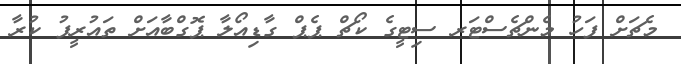
މެޗަށް ފަހު މެންޗެސްޓަރ ސިޓީގެ ކޯޗް ޕެޕް ގާޑިއޯލާ ޕޮގްބާއަށް ތައުރީފު ކުރާ